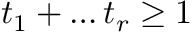
t _ { 1 } + \dots t _ { r } \geq 1